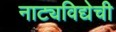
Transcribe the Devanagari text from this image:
नाट्यविद्येची